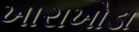
ખારાખોડા